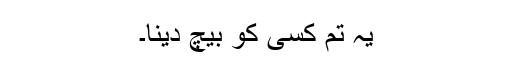
یہ تم کسی کو بیچ دینا۔